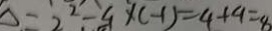
\Delta = 2 ^ { 2 } - 4 \times ( - 1 ) = 4 + 4 = 8